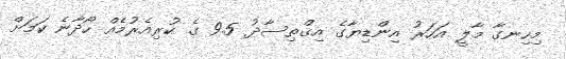
މިހިނގާ މާލީ އަހަރު އިންޑިޔާގެ އިޤްތިސާދު 9.5 ގެ ކުރިއެރުމެއް ހޯދާނެ ކަމަށް